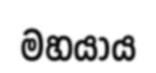
මහයාය